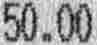
50.00